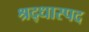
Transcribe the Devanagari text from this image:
श्रद्धास्पद